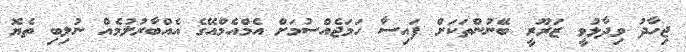
ޖިހާދު ވިދާޅުވީ ޒަރޫރީ ބޭނުންތަކަށް ފައިސާ ހަމަޖެއްސުމަށް އެމްއެމްއޭގެ އެއްބާރުލުމެއް ނުލިބި ތެޔޮ